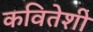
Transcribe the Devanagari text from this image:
कवितेशी